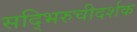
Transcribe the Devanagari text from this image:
सद्भिरुचीदर्शक